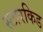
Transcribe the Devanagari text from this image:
स्टारकिड